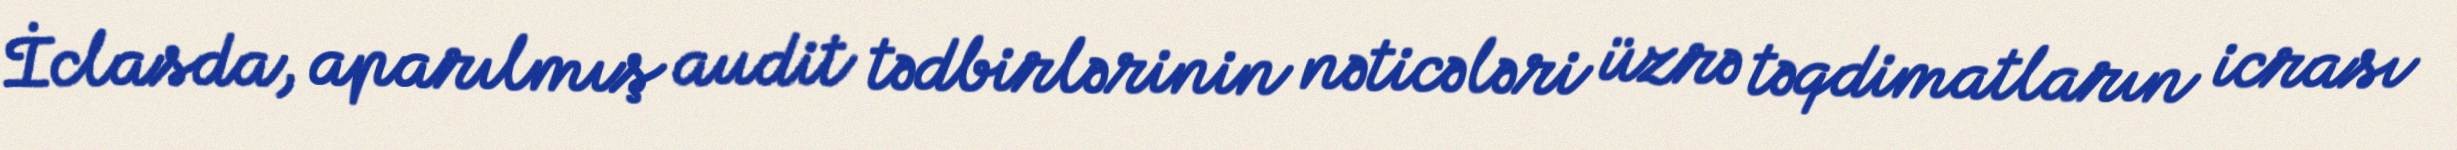
İclasda, aparılmış audit tədbirlərinin nəticələri üzrə təqdimatların icrası